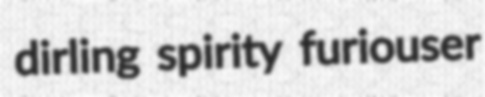
dirling spirity furiouser